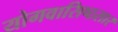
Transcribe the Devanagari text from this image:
योगवासिष्ठसार